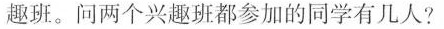
趣班。问两个兴趣班都参加的同学有几人?